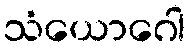
သံယောဂေါ